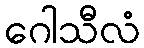
ဂေါသီလံ